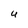
Character: U